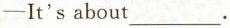
-It's about___.